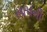
સાપની